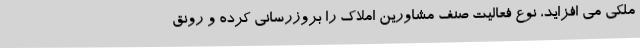
ملکی می افزاید، نوع فعالیت صنف مشاورین املاک را بروزرسانی کرده و رونق